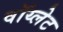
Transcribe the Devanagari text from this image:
वॉय्लेट